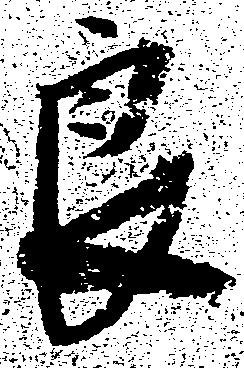
良